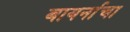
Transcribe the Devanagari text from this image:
बायर्नाचा